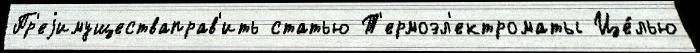
Пр'еjимуществаправ'ить статью Т'ермоэл'ектроматы Це́лью